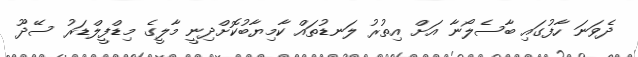
ދެވަނަ ހާފުގައި ބާސެލޯނާ އަށް އިތުރު ލަނޑުތައް ކާމިޔާބުކޮށްދިނީ މާލީގެ މިޑްފީލްޑަރު ސޭދޫ